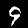
Label: 9